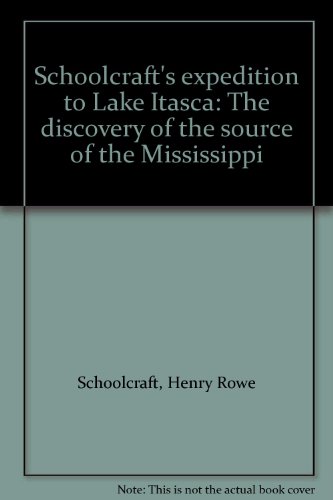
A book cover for Schoolcraft's expedition to Lake Itasca: The discovery of the source of the Mississippi; Henry Rowe Schoolcraft; Travel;